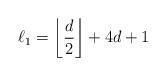
LaTeX: \begin{align*} \ell_1 = \left\lfloor \frac{d}{2} \right\rfloor + 4d + 1 \end{align*}